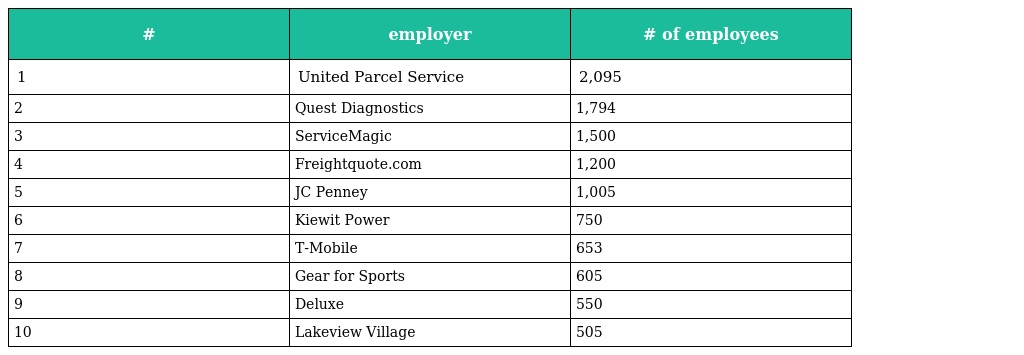
| # | employer | # of employees |
 | --- | --- | --- |
 | 1 | United Parcel Service | 2,095 |
 | 2 | Quest Diagnostics | 1,794 |
 | 3 | ServiceMagic | 1,500 |
 | 4 | Freightquote.com | 1,200 |
 | 5 | JC Penney | 1,005 |
 | 6 | Kiewit Power | 750 |
 | 7 | T-Mobile | 653 |
 | 8 | Gear for Sports | 605 |
 | 9 | Deluxe | 550 |
 | 10 | Lakeview Village | 505 |